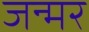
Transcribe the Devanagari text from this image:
जन्मर